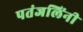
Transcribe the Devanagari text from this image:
पतंजलिंनी